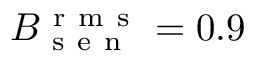
B _ { \mathrm { ~ s ~ e ~ n ~ } } ^ { \mathrm { ~ r ~ m ~ s ~ } } = 0 . 9